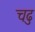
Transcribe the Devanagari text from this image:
चढु